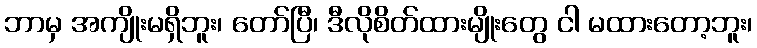
ဘာမှ အကျိုးမရှိဘူး၊ တော်ပြီ၊ ဒီလိုစိတ်ထားမျိုးတွေ ငါ မထားတော့ဘူး၊